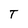
Character: T